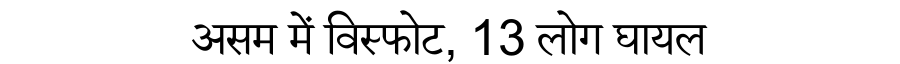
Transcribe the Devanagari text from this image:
असम में विस्फोट, 13 लोग घायल